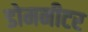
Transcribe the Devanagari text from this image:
डोमनीटर